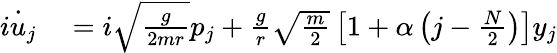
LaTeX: \begin{array}{rl}{\dot{iu_{j}}}&{{}=i\sqrt{\frac{g}{2mr}}p_{j}+\frac{g}{r}\sqrt{\frac{m}{2}}\left[1+\alpha\left(j-\frac{N}{2}\right)\right]y_{j}}\end{array}